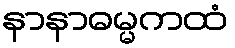
နာနာဓမ္မကထံ